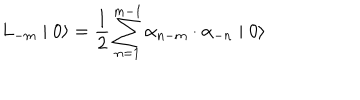
LaTeX: L _ { - m } \mid 0 \rangle = \frac { 1 } { 2 } \sum _ { n = 1 } ^ { m - 1 } { \alpha } _ { n - m } \cdot { \alpha } _ { - n } \mid 0 \rangle